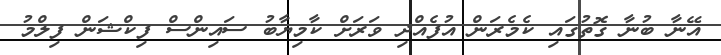
އޭނާ ބުނާ ގޮތުގައި ކެމެރަން އުފެއްދި ވަރަށް ކާމިޔާބު ސައިންސް ފިކްޝަން ފިލްމު